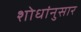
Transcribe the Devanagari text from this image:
शोधांनुसार